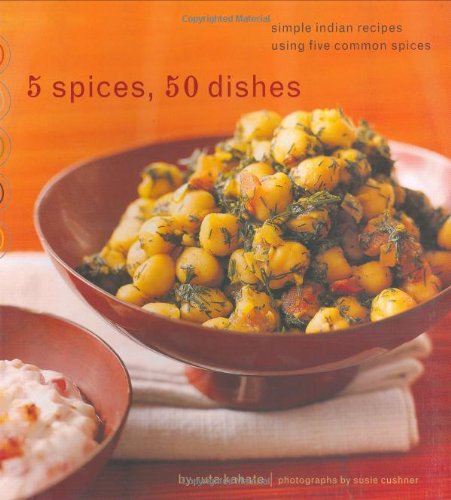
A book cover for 5 Spices, 50 Dishes: Simple Indian Recipes Using Five Common Spices; Ruta Kahate; Cookbooks, Food & Wine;